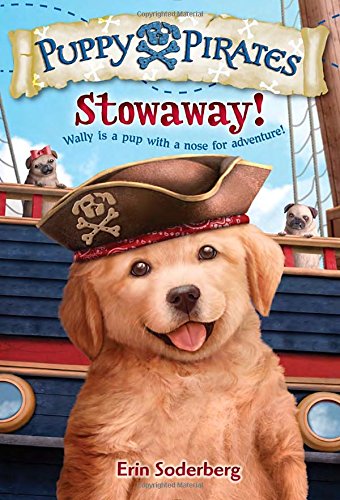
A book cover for Puppy Pirates #1: Stowaway! (A Stepping Stone Book(TM)); Erin Soderberg; Children's Books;